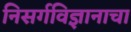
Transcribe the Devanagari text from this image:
निसर्गविज्ञानाचा